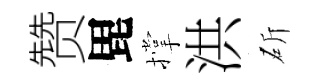
赞毘撑洪斫